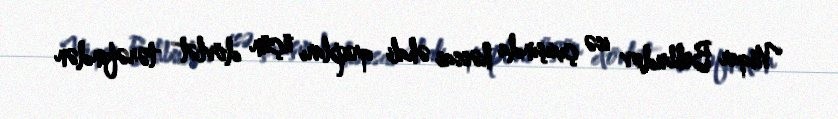
Vüqar Behbudov isə çıxışında həssas əhali qrupları üçün dövlət tərəfindən